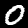
Digit: 0